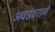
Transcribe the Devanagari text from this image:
अवडंबराने